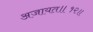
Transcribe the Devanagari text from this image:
अजायत॥१२॥